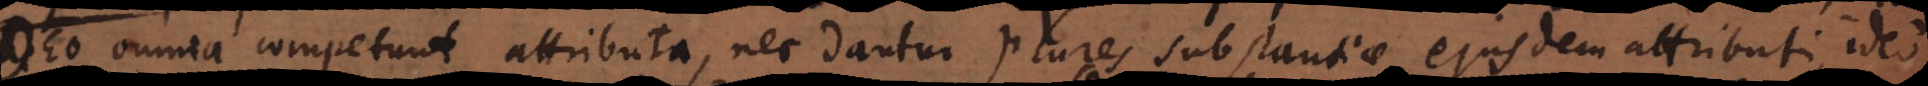
Deo omnia competunt attributa, nec dantur plures substantiae eiusdem attributi, ideo